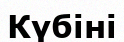
Күбіні